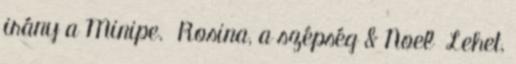
irány a Minipe. Rosina, a szépség & Noel Lehet,